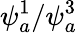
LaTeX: \psi_{a}^{1}/\psi_{a}^{3}